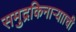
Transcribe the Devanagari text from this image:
समुद्रकिनाऱ्यााची